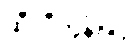
ဆီလီကွန်ဖြင့်